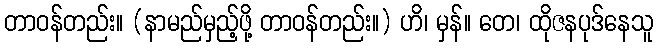
တာဝန်တည်း။ (နာမည်မှည့်ဖို့ တာဝန်တည်း။) ဟိ၊ မှန်။ တေ၊ ထိုဇနပုဒ်နေသူ